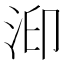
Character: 𱦐